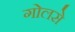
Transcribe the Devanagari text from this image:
गोलसे